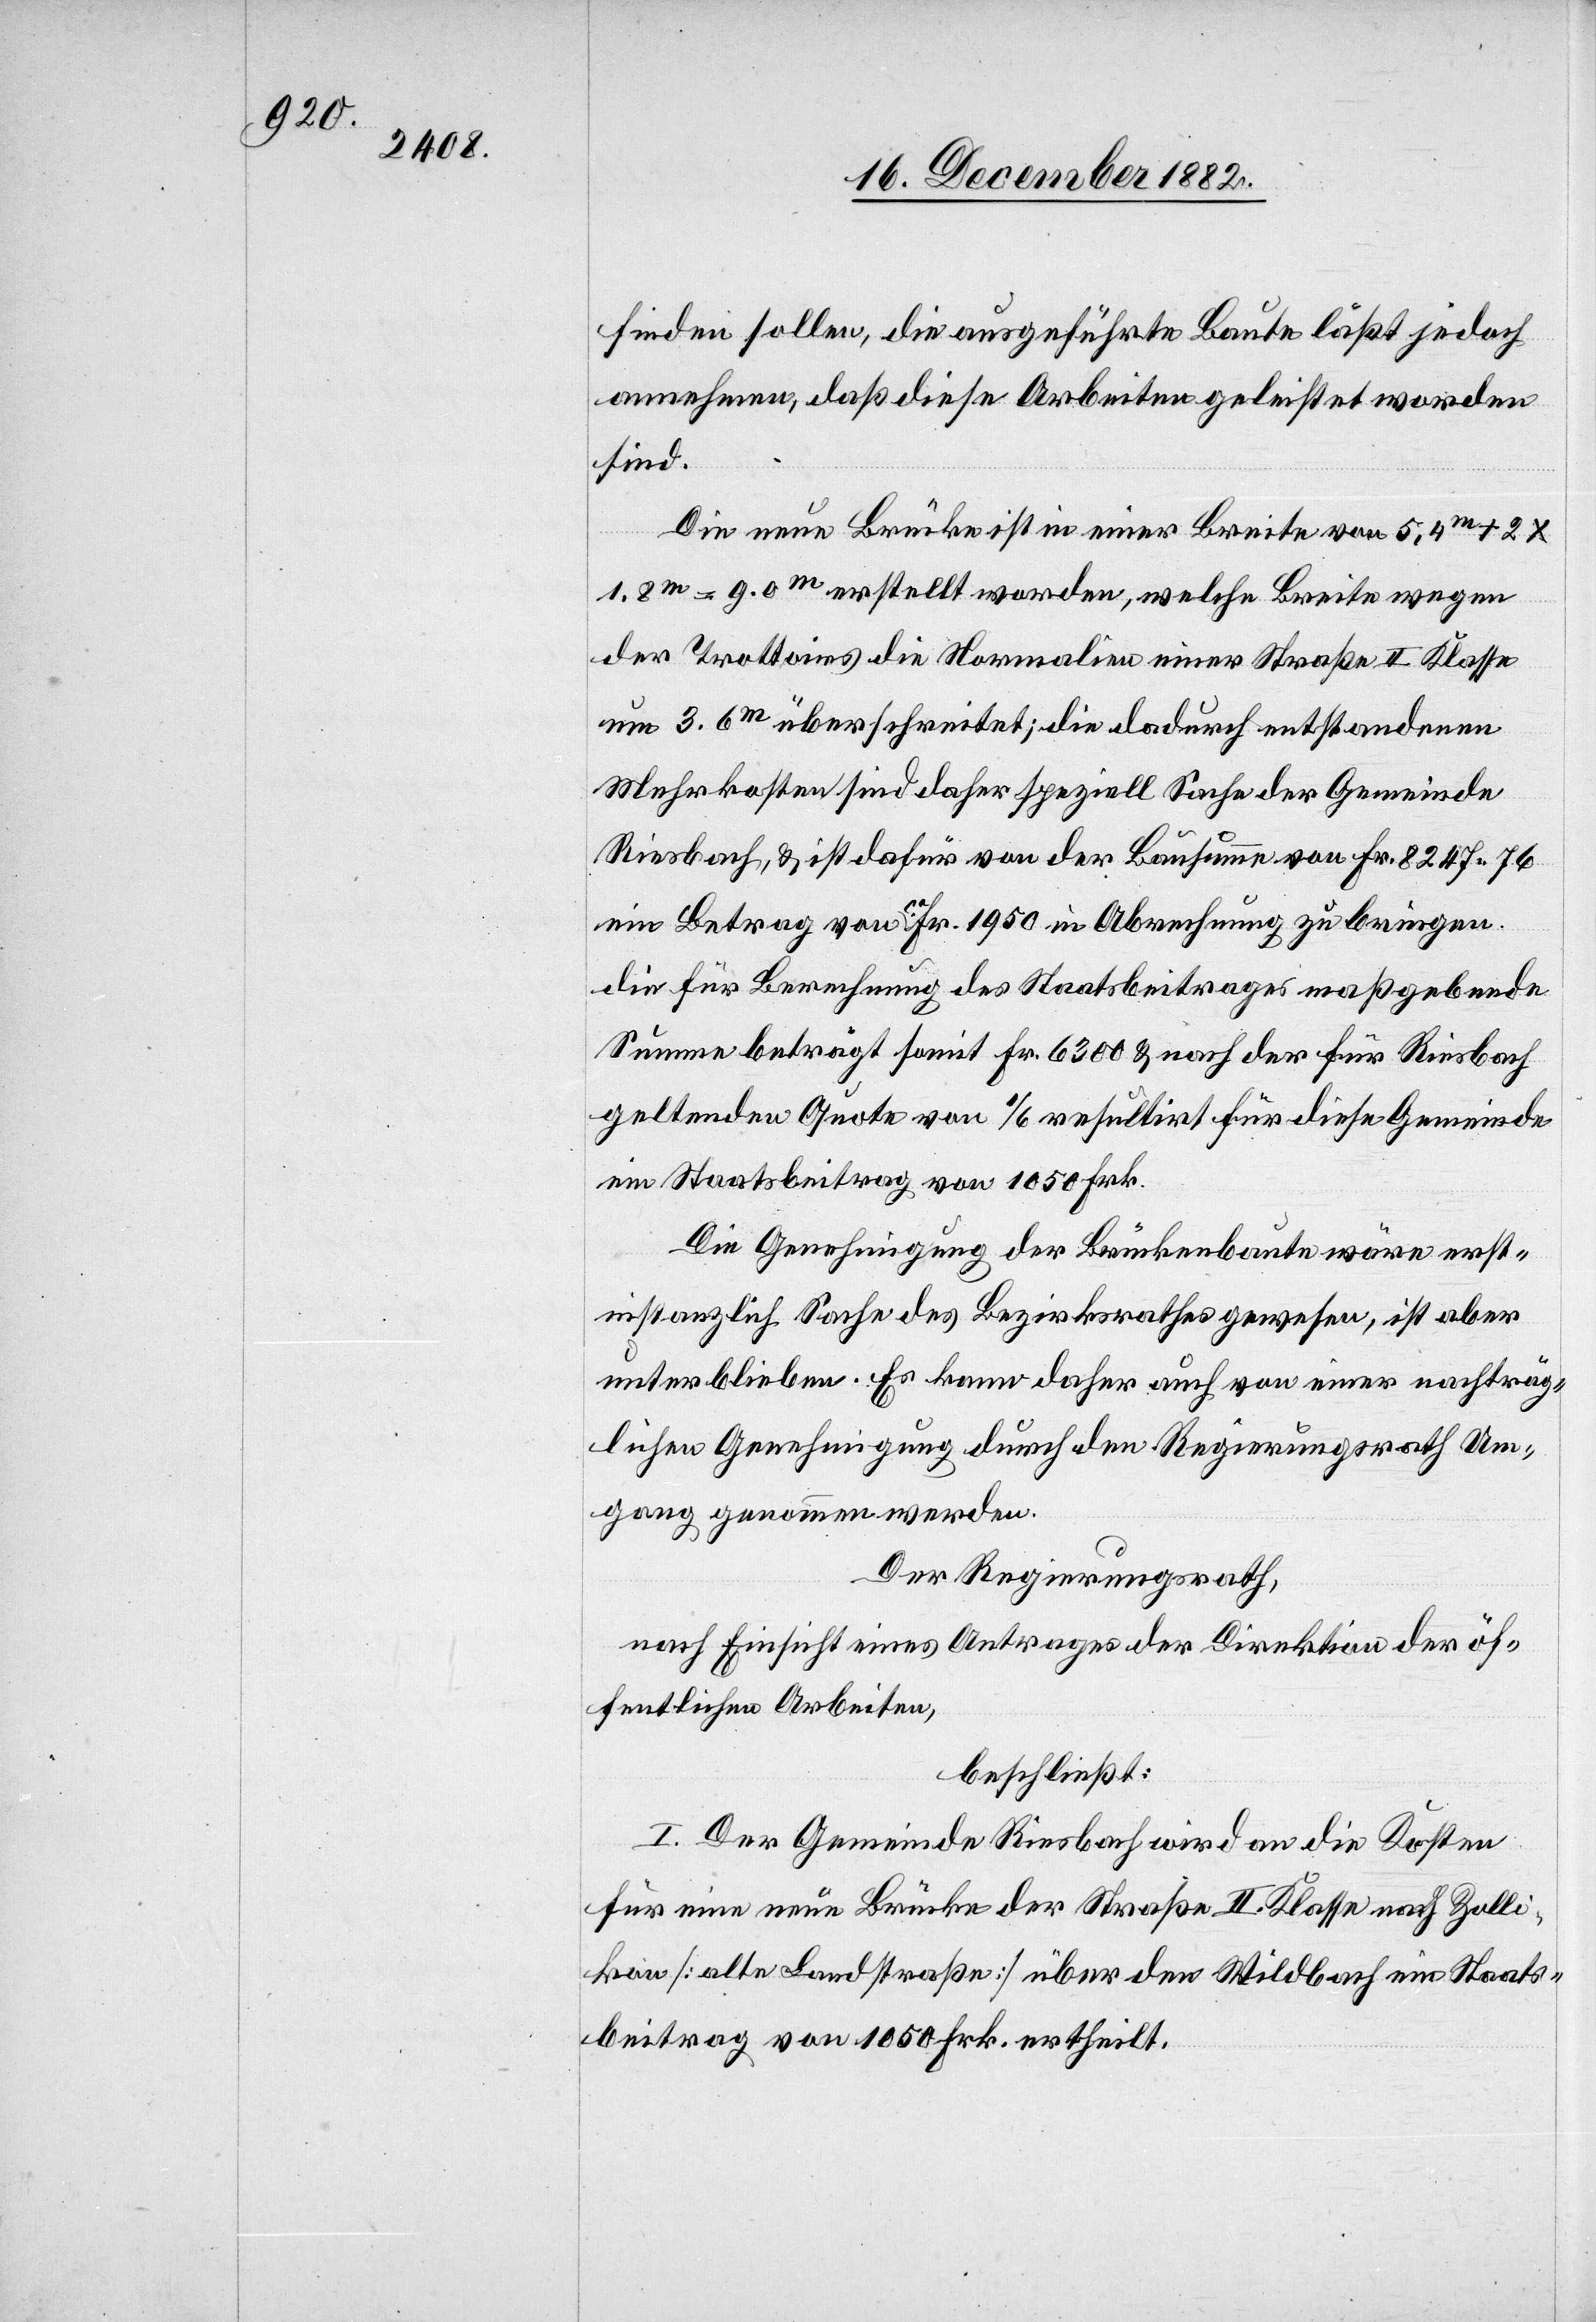
finden sollen, die ausgeführte Baute läßt jedoch
annehmen, daß diese Arbeiten geleistet worden
sind.
Die neue Brücke ist in einer Breite von 5,4m + 2
1.8m = 9.0m erstellt worden, welche Breite wegen
der Trottoirs die Normalien einer Straße II. Klasse
um 3.6m überschreitet; die dadurch entstandenen
Mehrkosten sind daher speziell Sache der Gemeinde
Riesbach, & ist dafür von der Bausumme von Fr. 8247 76
ein Betrag von ca Fr. 1950 in Abrechnung zu bringen
die für Berechnung des Staatsbeitrages maßgebende
Summe beträgt somit Fr. 6300 & nach der für Riesbach
geltenden Quote von 1/6 resultirt für diese Gemeinde
ein Staatsbeitrag von 1050 Frk.
Die Genehmigung der Brückenbaute wäre erst¬
instanzlich Sache des Bezirksrathes gewesen, ist aber
unterblieben. Es kann daher auch von einer nachträg¬
lichen Genehmigung durch den Regierungsrath Um¬
gang genommen werden.
Der Regierungsrath,
nach Einsicht eines Antrages der Direktion der öf¬
fentlichen Arbeiten,
beschließt:
I. Der Gemeinde Riesbach wird an die Kosten
für eine neue Brücke der Straße II. Klasse nach Zolli¬
kon [alte Landstraße] über den Wildbach ein Staats¬
beitrag von 1050 Frk. ertheilt.